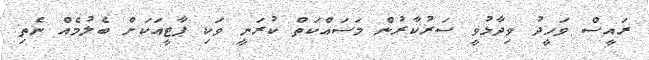
ރައީސް ވަހީދު ވިދާޅުވީ ސަރުކާރުން މަސައްކަތް ކުރަނީ ވަކި ޕާޓީއަކަށް ބެލުމެއް ނެތި